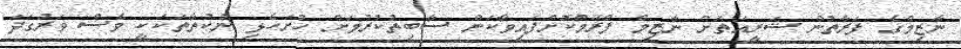
ނާޒިމްގެ ފަރާތުން ޝަރީއަތަށް ނާޒިމް ފްރޭމްކޮށްފައިވާކަން ސާބިތުކުރުމަށް ހުށަހެޅި ނުކުތާތަކަކީ ވެސް ވަރުގަދަ